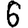
Digit: 6